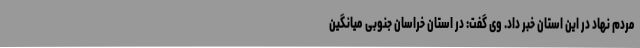
مردم نهاد در این استان خبر داد. وی گفت: در استان خراسان جنوبی میانگین